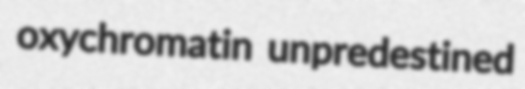
oxychromatin unpredestined